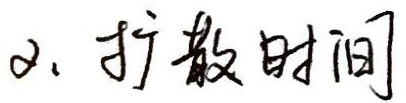
2. 扩散时间